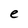
Character: e